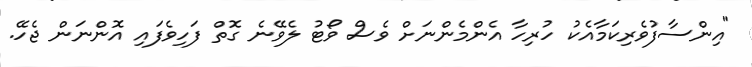
"އިންސާފުވެރިކަމާއެކު ހުރިހާ އެންމެންނަށް ވެސް ވޯޓު ލެވޭނެ ގޮތް ފަހިވެފައި އޮންނަން ޖެހޭ.